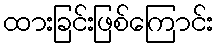
ထားခြင်းဖြစ်ကြောင်း